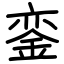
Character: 銮